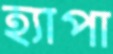
হ্যাপা